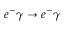
e ^ { - } \gamma \rightarrow e ^ { - } \gamma